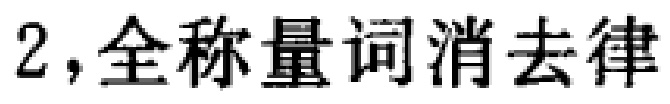
2，全称量词消去律